Alphabetical list of drugs, medicines and other preparations free from, and containing, spirit compiled from the results of tests made by the customs houses at Calcutta, Bombay, and Madras
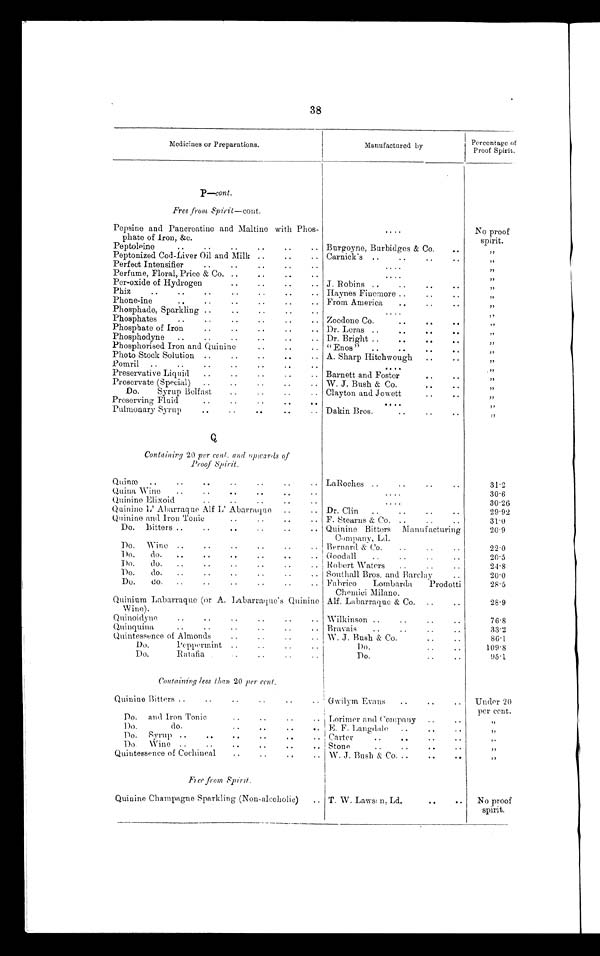
38
Medicines or Preparations.
Manufactured by
Percentage
o f
Proof Spirit.
P—cont.
Free from, Spirit—cont.
Pepsine and Pancreatine and Maltine with Phos-
phate of Iron, &e.
. . .
No proof
spirit.
Peptoleine . . . Burgoyne, Burbidges & Co. . . .
"
Peptonized Cod-Liver Oil and Milk . . . Carnick's . . .
"
Perfect Intensifier . . .
. . .
"
Perfume, Floral, Price & Co. . . .
. . .
"
Per-oxide of Hydrogen . . . J. Robins . . .
"
Phiz
.
.
. Haynes Finemore . . .
"
Phone-ine . . . From America . . .
"
Phosphate, Sparkling . . .
. . .
"
Phosphates . . . Zoedone Co.
. . .
"
Phosphate of Iron . . . Dr. Leras . . .
"
Phosphodyne . . . Dr. Bright . . .
"
Phosphorised Iron and Quinine . . . "Enos" . . .
"
Photo Stock Solution . . . A. Sharp Hitchwough . . .
"
Pomril . . .
. . .
"
Preservative Liquid . . . Barnett and Foster . . .
"
Preservate (Special) . . . W. J. Bush & Co. . . .
"
Do.
Syrup Belfast . . . Clayton and Jowett . . .
"
Preserving Fluid . . .
. . .
"
Pulmonary Syrup . . . Dakin Bros. . . .
"
Q
Containing 20 per cent. and upwards of
Proof Spirit.
Quinæ . . . LaRoches . . .
31.2
Quina Wine . . .
. . .
30.6
Quinine Elixoid . . .
. . .
30.26
Quinine L' Abarraque Alf L' Abarraquo . . . Dr. Clin . . .
29.92
Quinine and Iron Tonic . . . F. Stearns & Co. . . .
31.0
Do.
Bitters
. . . Quinine Bitters Manufacturing
Company, Ld.
20.9
Do. Wine . . . Bernard & Co. . . .
22.0
D0. do.
. . . Goodall . . .
20.5
Do. do.
. . .
Robert Waters . . .
24.8
Do. do.
. . .
Southall Bros. and Barclay . . .
20.0
Do.
do.
. . .
Fabrico
Lombarda
Prodotti
Chemici Milano.
28.5
Quinium Labarraque (or A. Labarraque's Quinine
Wine).
Alf. Labarraque & Co.
. . .
28.9
Quinoidyne . . . Wilkinson . . .
76.8
Quinquina . . .
B r a v a i s . . .
33.2
Quintessence of Almonds . . . W. J. Bush & Co. . . .
8 6 . 1
Do.
Peppermint . . .
Do. . . .
109.8
Do. Ratafia
. . .
Do.
. . .
95.1
Containing less than 20 per cent.
Quinine Bitters
.
.
. Gwilym Evans . . .
Under 20
Do. and Iron Tonic . . . Lorimer and Compeny
. . .
per cent.
"
Do.
do.
. . . E. F. Langdale . . .
"
Do.
Syrup
.
.
. Carter . . .
,,
Do.
Wine
. . . Stone . . .
"
Quintessence of Cochineal . . . W. J. Bush & Co. . . .
"
Free from Spirit .
Quinine Champagne Sparkling (Non-alcoholic)
. . . T. W. Lawson, Ld.
. . .
No proof
spirit.